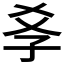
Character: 𡥈